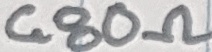
Text: 680Ω